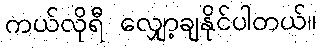
ကယ်လိုရီ လျှော့ချနိုင်ပါတယ်။